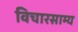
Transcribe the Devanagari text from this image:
विचारसाम्य